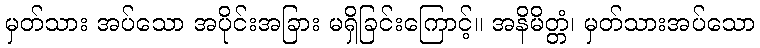
မှတ်သား အပ်သော အပိုင်းအခြား မရှိခြင်းကြောင့်။ အနိမိတ္တံ၊ မှတ်သားအပ်သော